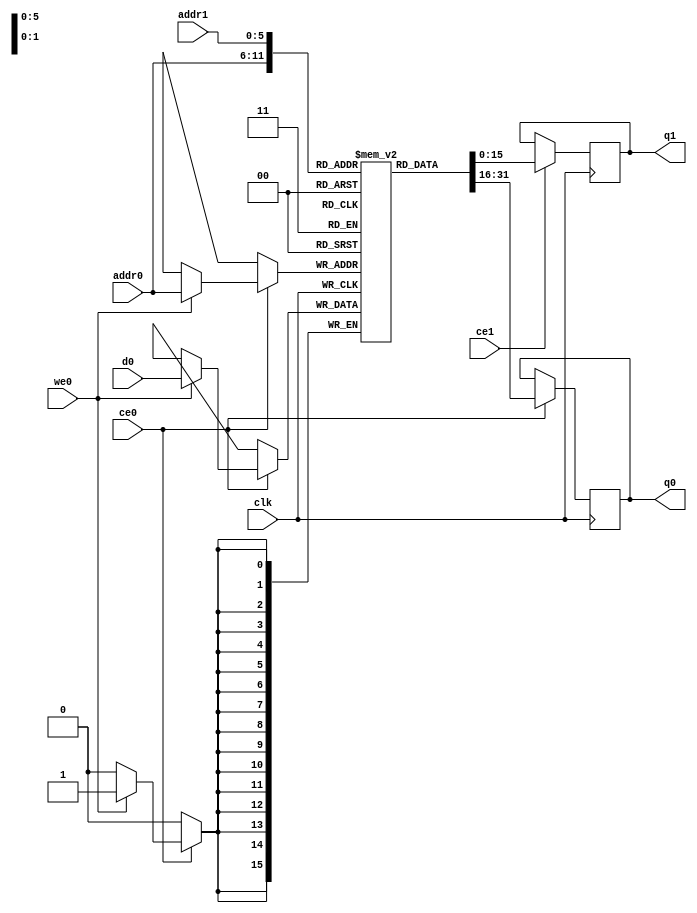
`define EXPONENT 5
`define MANTISSA 10
`define ACTUAL_MANTISSA 11
`define EXPONENT_LSB 10
`define EXPONENT_MSB 14
`define MANTISSA_LSB 0
`define MANTISSA_MSB 9
`define MANTISSA_MUL_SPLIT_LSB 3
`define MANTISSA_MUL_SPLIT_MSB 9
`define SIGN 1
`define SIGN_LOC 15
`define DWIDTH (`SIGN+`EXPONENT+`MANTISSA)
`define IEEE_COMPLIANCE 1

module td_fused_top_dataflow_in_loop_TOP_LOOP48232_products_0_0_memcore_ram (addr0, ce0, d0, we0, q0, addr1, ce1, q1,  clk);

parameter DWIDTH = 16;
parameter AWIDTH = 6;
parameter MEM_SIZE = 36;

input[AWIDTH-1:0] addr0;
input ce0;
input[DWIDTH-1:0] d0;
input we0;
output reg[DWIDTH-1:0] q0;
input[AWIDTH-1:0] addr1;
input ce1;
output reg[DWIDTH-1:0] q1;
input clk;

reg [DWIDTH-1:0] ram[MEM_SIZE-1:0];




always @(posedge clk)  
begin 
    if (ce0) begin
        if (we0) 
            ram[addr0] <= d0; 
        q0 <= ram[addr0];
    end
end


always @(posedge clk)  
begin 
    if (ce1) begin
        q1 <= ram[addr1];
    end
end


endmodule